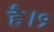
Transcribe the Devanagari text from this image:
है।१